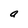
Character: a